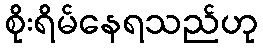
စိုးရိမ်နေရသည်ဟု